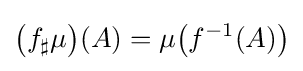
{\big (}f_{\sharp }\mu {\big )}(A)=\mu {\big (}f^{-1}(A){\big )}